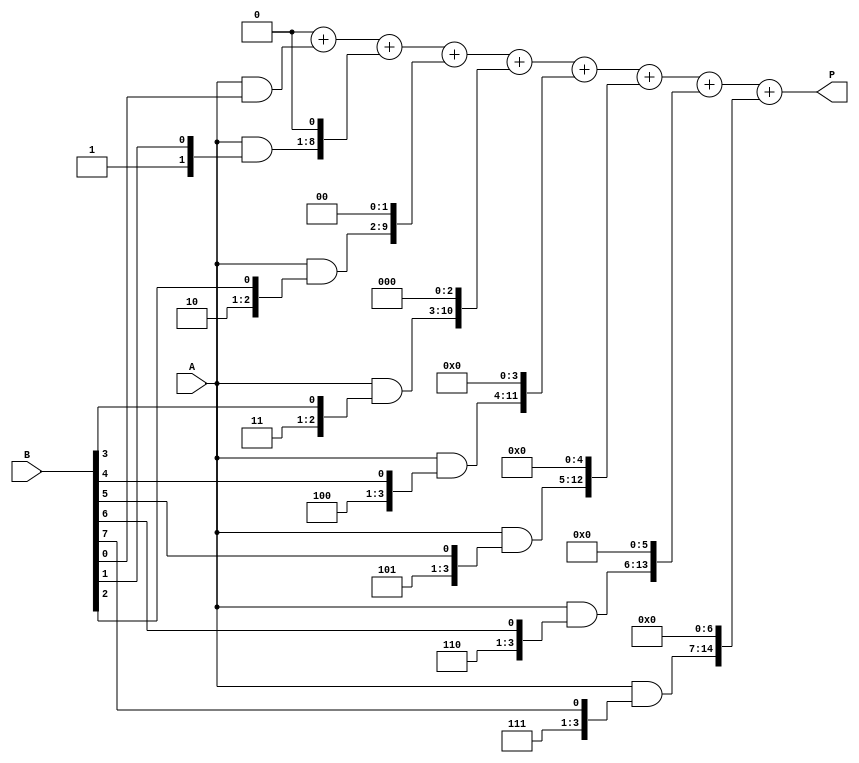
module radix2_multiplier #(parameter N = 8) (
    input  [N-1:0] A,  // Multiplicand
    input  [N-1:0] B,  // Multiplier
    output reg [2*N-1:0] P  // Product
);

    reg [2*N-1:0] partial_products [0:N-1]; // Array to hold partial products
    integer i;

    always @(*) begin
        // Initialize product to zero
        P = 0;

        // Generate partial products
        for (i = 0; i < N; i = i + 1) begin
            partial_products[i] = A & { {N{i}}, B[i] }; // AND with shifted version of A
            P = P + (partial_products[i] << i); // Shift partial product and accumulate
        end
    end

endmodule